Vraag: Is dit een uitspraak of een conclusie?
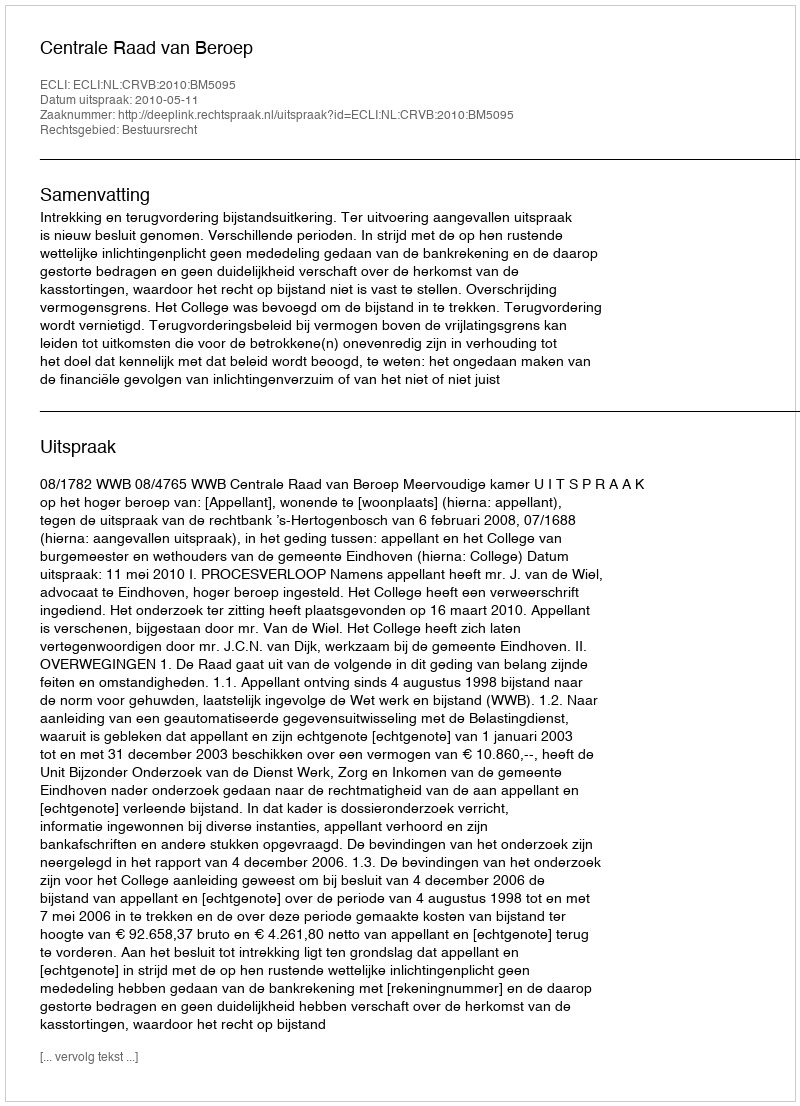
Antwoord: Uitspraak